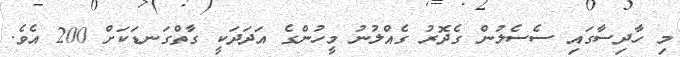
މި ހާދިސާގައި ސެސެލުން ގެދޮރު ގެއްލުނު މީހުންގެ އަދަދަކީ ގާތްގަނޑަކަށް 200 އެވެ.